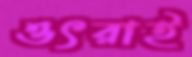
ওৎরাই